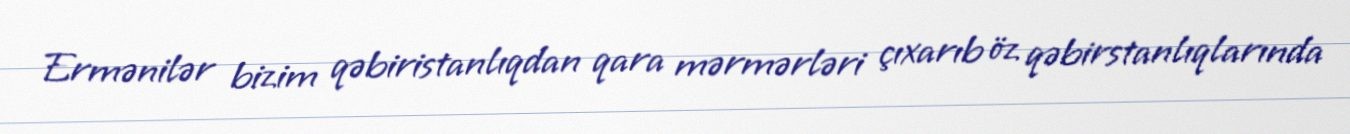
Ermənilər bizim qəbiristanlıqdan qara mərmərləri çıxarıb öz qəbirstanlıqlarında